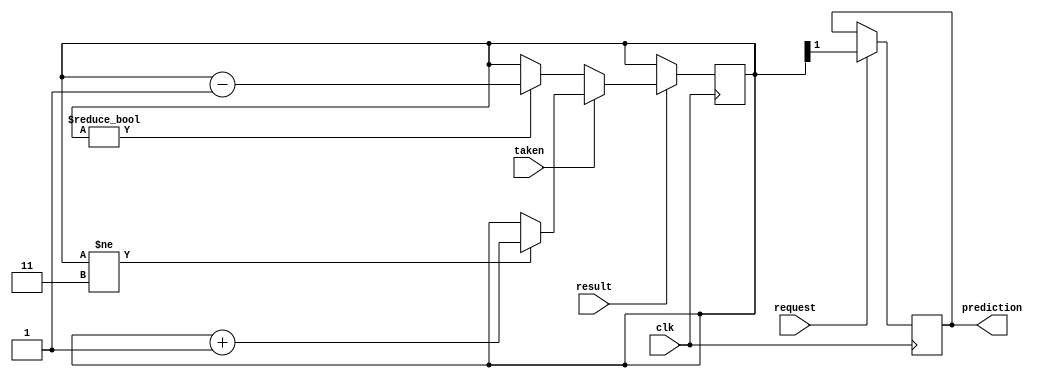

// vaghti result = 1 , taken mana dar mishe

module predictor(input wire request, result, clk, taken, output reg prediction);

  reg [1:0] counter = 2'b11;       // 2-bit saturating counter
  
  always @(posedge clk) begin
    // predict
    if (request) begin
      prediction = counter[1];
    end
    if (result) begin
      if (taken) begin
        if (counter != 2'b11) counter = counter + 1;
      end
    else begin
      if (counter != 2'b00) counter = counter - 1;
      end
    end
  end 
endmodule